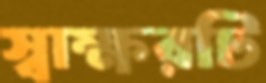
স্বাক্ষরটি